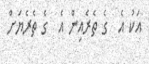
އަކު އެ  ގެ ތެރެއިން އެ  ގެ ތެރެޔަށް